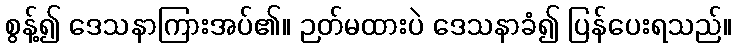
စွန့်၍ ဒေသနာကြားအပ်၏။ ဉတ်မထားပဲ ဒေသနာခံ၍ ပြန်ပေးရသည်။